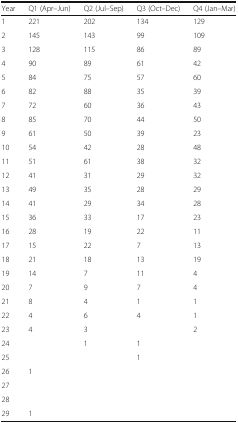
<table><thead><tr><td><b>Year</b></td><td><b>Q1 (Apr–Jun)</b></td><td><b>Q2 (Jul–Sep)</b></td><td><b>Q3 (Oct–Dec)</b></td><td><b>Q4 (Jan–Mar)</b></td></tr></thead><tbody><tr><td>1</td><td>221</td><td>202</td><td>134</td><td>129</td></tr><tr><td>2</td><td>145</td><td>143</td><td>99</td><td>109</td></tr><tr><td>3</td><td>128</td><td>115</td><td>86</td><td>89</td></tr><tr><td>4</td><td>90</td><td>89</td><td>61</td><td>42</td></tr><tr><td>5</td><td>84</td><td>75</td><td>57</td><td>60</td></tr><tr><td>6</td><td>82</td><td>88</td><td>35</td><td>39</td></tr><tr><td>7</td><td>72</td><td>60</td><td>36</td><td>43</td></tr><tr><td>8</td><td>85</td><td>70</td><td>44</td><td>50</td></tr><tr><td>9</td><td>61</td><td>50</td><td>39</td><td>23</td></tr><tr><td>10</td><td>54</td><td>42</td><td>28</td><td>48</td></tr><tr><td>11</td><td>51</td><td>61</td><td>38</td><td>32</td></tr><tr><td>12</td><td>41</td><td>31</td><td>29</td><td>32</td></tr><tr><td>13</td><td>49</td><td>35</td><td>28</td><td>29</td></tr><tr><td>14</td><td>41</td><td>29</td><td>34</td><td>28</td></tr><tr><td>15</td><td>36</td><td>33</td><td>17</td><td>23</td></tr><tr><td>16</td><td>28</td><td>19</td><td>22</td><td>11</td></tr><tr><td>17</td><td>15</td><td>22</td><td>7</td><td>13</td></tr><tr><td>18</td><td>21</td><td>18</td><td>13</td><td>19</td></tr><tr><td>19</td><td>14</td><td>7</td><td>11</td><td>4</td></tr><tr><td>20</td><td>7</td><td>9</td><td>7</td><td>4</td></tr><tr><td>21</td><td>8</td><td>4</td><td>1</td><td>1</td></tr><tr><td>22</td><td>4</td><td>6</td><td>4</td><td>1</td></tr><tr><td>23</td><td>4</td><td>3</td><td></td><td>2</td></tr><tr><td>24</td><td></td><td>1</td><td>1</td><td></td></tr><tr><td>25</td><td></td><td></td><td>1</td><td></td></tr><tr><td>26</td><td>1</td><td></td><td></td><td></td></tr><tr><td>27</td><td></td><td></td><td></td><td></td></tr><tr><td>28</td><td></td><td></td><td></td><td></td></tr><tr><td>29</td><td>1</td><td></td><td></td><td></td></tr></tbody></table>